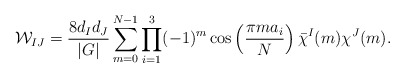
\begin{align*}{\cal W}_{IJ} = \frac{8d_Id_J}{|G|}\sum_{m=0}^{N-1}\prod_{i=1}^3 (-1)^m \cos\left(\frac{\pi m a_i}{N}\right)\bar{\chi}^I(m)\chi^J(m).\end{align*}